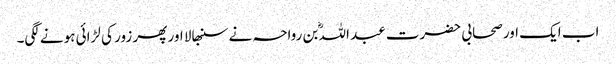
اب ایک اور صحابی حضرت عبد اللہؓ بن رواحہ نے سنبھالا اور پھر زور کی لڑائی ہونے لگی۔